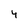
Character: 4